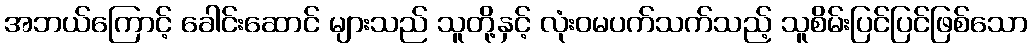
အဘယ်ကြောင့် ခေါင်းဆောင် များသည် သူတို့နှင့် လုံးဝမပက်သက်သည့် သူစိမ်းပြင်ပြင်ဖြစ်သော